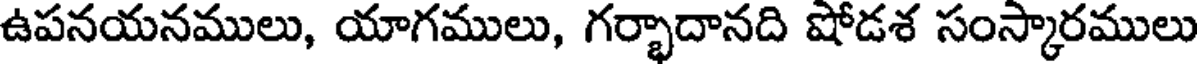
ఉపనయనములు, యాగములు, గర్భాదానది షోడశ సంస్కారములు